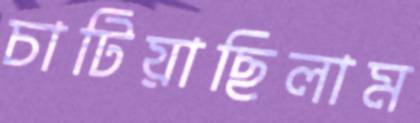
চাটিয়াছিলাম